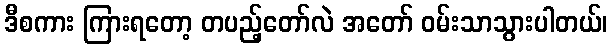
ဒီစကား ကြားရတော့ တပည့်တော်လဲ အတော် ဝမ်းသာသွားပါတယ်၊